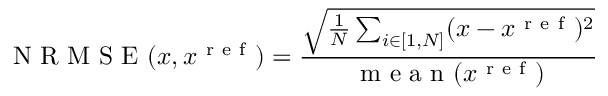
\mathrm { ~ N ~ R ~ M ~ S ~ E ~ } ( x , x ^ { \mathrm { ~ r ~ e ~ f ~ } } ) = \frac { \sqrt { \frac { 1 } { N } \sum _ { i \in [ 1 , N ] } ( x - x ^ { \mathrm { ~ r ~ e ~ f ~ } } ) ^ { 2 } } } { \mathrm { ~ m ~ e ~ a ~ n ~ } ( x ^ { \mathrm { ~ r ~ e ~ f ~ } } ) }